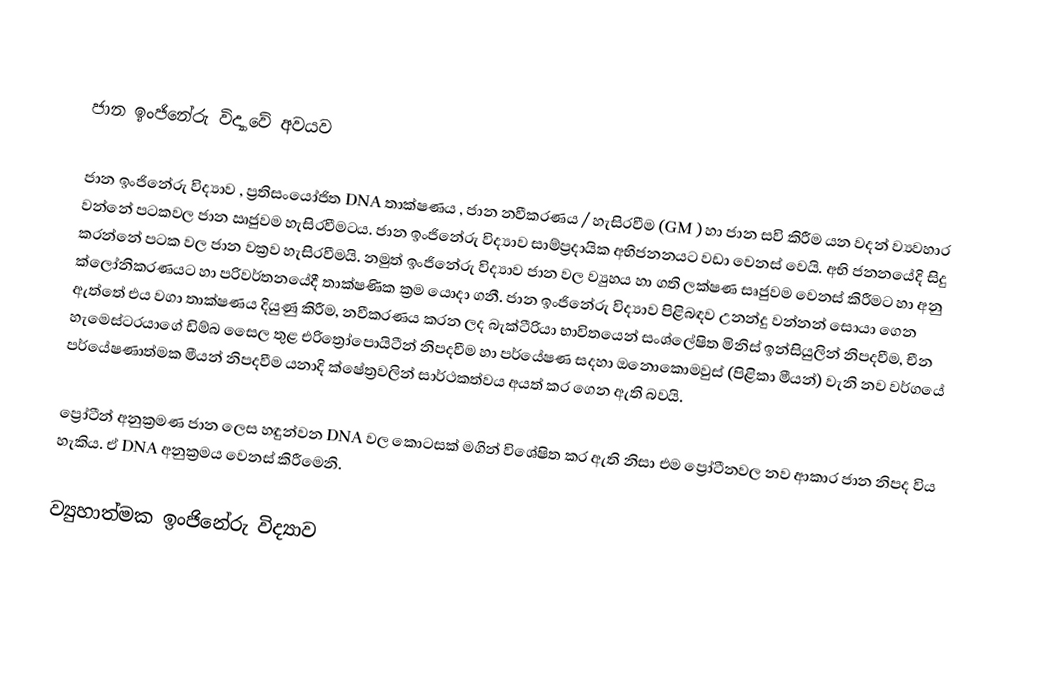

ජාන ඉංජිනේරු විද්‍යාවේ අවයව

ජාන ඉංජිනේරු විද්‍යාව , ප්‍රතිසංයෝජිත DNA තාක්ෂණය , ජාන නවීකරණය / හැසිරවීම (GM ) හා ජාන සවි කිරීම යන වදන් ව්‍යවහාර වන්නේ පටකවල ජාන ඍජුවම හැසිරවීමටය. ජාන ඉංජිනේරු විද්‍යාව සාම්ප්‍රදායික අභිජනනයට වඩා වෙනස් වෙයි. අභි ජනනයේදි සිදු කරන්නේ පටක වල ජාන වක්‍රව හැසිරවීමයි. නමුත් ඉංජිනේරු විද්‍යාව ජාන වල ව්‍යුහය හා ගති ලක්ෂණ සෘජුවම වෙනස් කිරීමට හා අනු ක්ලෝනිකරණයට හා පරිවර්තනයේදී තාක්ෂණික ක්‍රම යොදා ගනී. ජාන ඉංජිනේරු විද්‍යාව පිළිබඳව උනන්දු වන්නන් සොයා ගෙන ඇත්තේ එය වගා තාක්ෂණය දියුණු කිරීම, නවීකරණය කරන ලද බැක්ටීරියා භාවිතයෙන් සංශ්ලේෂිත මිනිස් ඉන්සියුලින් නිපදවීම, චීන හැමෙස්ටරයාගේ ඩිම්බ සෛල තුළ එරිත්‍රෝපොයිටීන් නිපදවීම හා පර්යේෂණ සදහා ඔනොකොමවුස් (පිළිකා මීයන්) වැනි නව වර්ගයේ පර්යේෂණාත්මක මීයන් නිපදවීම යනාදි ක්ෂේත්‍රවලින් සාර්ථකත්වය අයත් කර ගෙන ඇති බවයි.

ප්‍රෝටීන් අනුක්‍රමණ ජාන ලෙස හඳුන්වන DNA වල කොටසක් මගින් විශේෂිත කර ඇති නිසා එම ප්‍රෝටීනවල නව ආකාර ජාන නිපද විය හැකිය. ඒ DNA අනුක්‍රමය වෙනස් කිරීමෙනි.

ව්‍යුහාත්මක ඉංජිනේරු විද්‍යාව